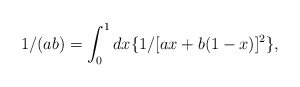
\begin{align*}1/(ab)=\int_{0}^{1} dx\{1/[ax+b(1-x)]^{2}\},\end{align*}